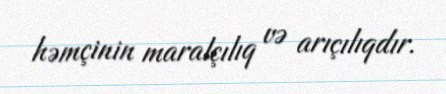
həmçinin maralçılıq və arıçılıqdır.